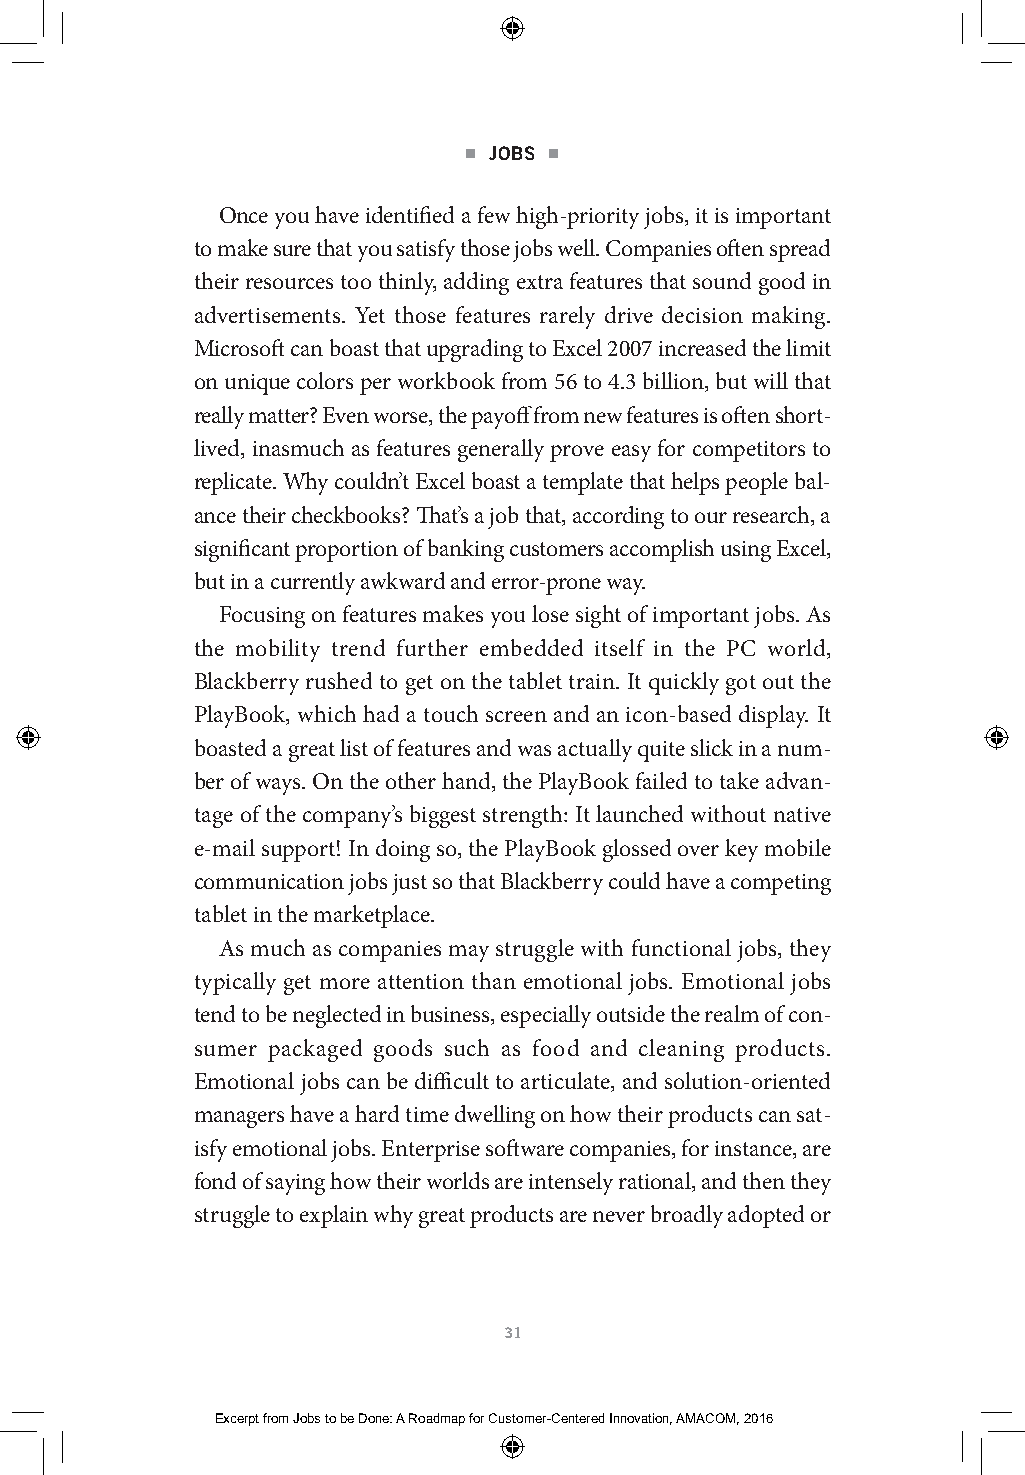
■ JOBS ■
 Once you have identified a few high-priority jobs, it is important
 to make sure that you satisfy those jobs well. Companies often spread
 their resources too thinly, adding extra features that sound good in
 advertisements. Yet those features rarely drive decision making.
 Microsoft can boast that upgrading to Excel 2007 increased the limit
 on unique colors per workbook from 56 to 4.3 billion, but will that
 really matter? Even worse, the payoff from new features is often short-
 lived, inasmuch as features generally prove easy for competitors to
 replicate. Why couldn’t Excel boast a template that helps people bal-
 ance their checkbooks? That’s a job that, according to our research, a
 significant proportion of banking customers accomplish using Excel,
 but in a currently awkward and error-prone way.
 Focusing on features makes you lose sight of important jobs. As
 the mobility trend further embedded itself in the PC world,
 Blackberry rushed to get on the tablet train. It quickly got out the
 PlayBook, which had a touch screen and an icon-based display. It
 boasted a great list of features and was actually quite slick in a num-
 ber of ways. On the other hand, the PlayBook failed to take advan-
 tage of the company’s biggest strength: It launched without native
 e-mail support! In doing so, the PlayBook glossed over key mobile
 communication jobs just so that Blackberry could have a competing
 tablet in the marketplace.
 As much as companies may struggle with functional jobs, they
 typically get more attention than emotional jobs. Emotional jobs
 tend to be neglected in business, especially outside the realm of con-
 sumer packaged goods such as food and cleaning products.
 Emotional jobs can be difficult to articulate, and solution-oriented
 managers have a hard time dwelling on how their products can sat-
 isfy emotional jobs. Enterprise software companies, for instance, are
 fond of saying how their worlds are intensely rational, and then they
 struggle to explain why great products are never broadly adopted or
 31
 Excerpt from Jobs to be Done: A Roadmap for Customer-Centered Innovation, AMACOM, 2016